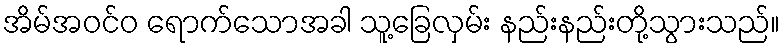
အိမ်အဝင်ဝ ရောက်သောအခါ သူ့ခြေလှမ်း နည်းနည်းတို့သွားသည်။